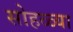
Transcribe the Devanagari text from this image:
सोहळ्या